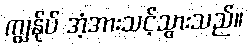
ကျွန်ုပ် အံ့အားသင့်သွားသည်။